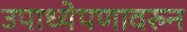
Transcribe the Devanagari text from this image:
उपाध्येपणावरुन